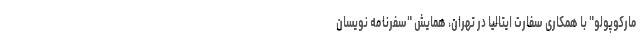
مارکوپولو" با همکاری سفارت ایتالیا در تهران، همایش "سفرنامه نویسان